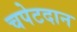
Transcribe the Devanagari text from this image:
चपेटदान